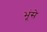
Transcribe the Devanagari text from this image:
भूंसे